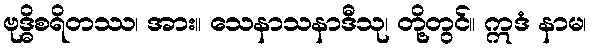
ဗုဒ္ဓိစရိတဿ၊ အား။ သေနာသနာဒီသု၊ တို့တွင်။ ဣဒံ နာမ၊